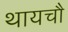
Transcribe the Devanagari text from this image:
थायचौ